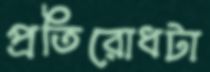
প্রতিরোধটা